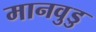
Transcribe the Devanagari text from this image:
मानवुडु